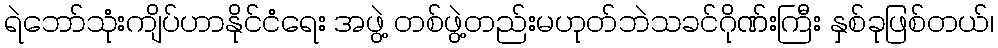
ရဲဘော်သုံးကျိပ်ဟာနိုင်ငံရေး အဖွဲ့ တစ်ဖွဲ့တည်းမဟုတ်ဘဲသခင်ဂိုဏ်းကြီး နှစ်ခုဖြစ်တယ်၊